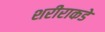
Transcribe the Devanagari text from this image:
शरीराकडे